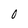
Character: 0